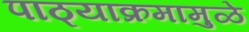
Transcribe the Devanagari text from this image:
पाठ्याक्रमामुळे